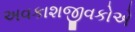
અવકાશજીવકોએ